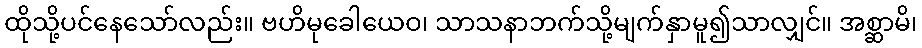
ထိုသို့ပင်နေသော်လည်း။ ဗဟိမုခေါယေဝ၊ သာသနာဘက်သို့မျက်နှာမူ၍သာလျှင်။ အစ္ဆာမိ၊